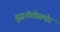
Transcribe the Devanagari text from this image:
युद्धनीतीसमोर